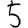
Digit: 5